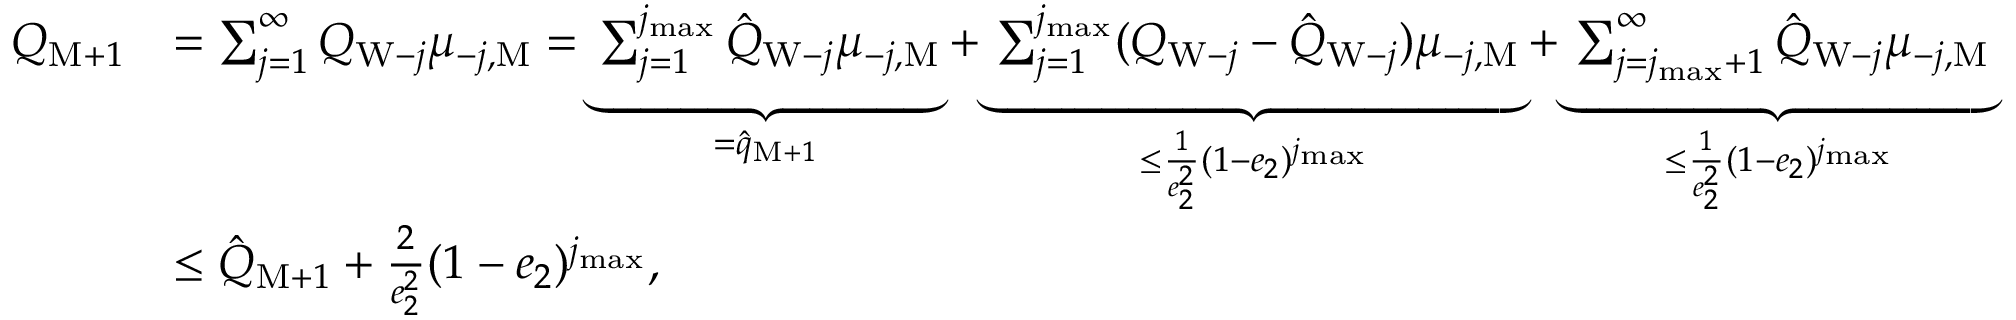
\begin{array} { r l } { Q _ { \mathrm { M } + 1 } } & { = \sum _ { j = 1 } ^ { \infty } Q _ { \mathrm { W } - j } \mu _ { - j , \mathrm { M } } = \underbrace { \sum _ { j = 1 } ^ { j _ { \operatorname* { m a x } } } \hat { Q } _ { \mathrm { W } - j } \mu _ { - j , \mathrm { M } } } _ { = \hat { q } _ { \mathrm { M } + 1 } } + \underbrace { \sum _ { j = 1 } ^ { j _ { \operatorname* { m a x } } } ( Q _ { \mathrm { W } - j } - \hat { Q } _ { \mathrm { W } - j } ) \mu _ { - j , \mathrm { M } } } _ { \le \frac { 1 } { e _ { 2 } ^ { 2 } } ( 1 - e _ { 2 } ) ^ { j _ { \operatorname* { m a x } } } } + \underbrace { \sum _ { j = j _ { \operatorname* { m a x } } + 1 } ^ { \infty } \hat { Q } _ { \mathrm { W } - j } \mu _ { - j , \mathrm { M } } } _ { \le \frac { 1 } { e _ { 2 } ^ { 2 } } ( 1 - e _ { 2 } ) ^ { j _ { \operatorname* { m a x } } } } } \\ & { \le \hat { Q } _ { \mathrm { M } + 1 } + \frac { 2 } { e _ { 2 } ^ { 2 } } ( 1 - e _ { 2 } ) ^ { j _ { \operatorname* { m a x } } } , } \end{array}